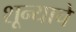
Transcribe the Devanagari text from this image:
शून्याचे